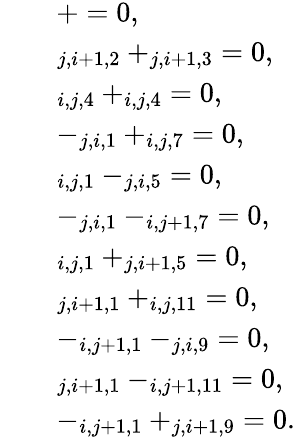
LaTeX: \begin{array}{rl}&{\quad+=0,}\\ &{\quad_{j,i+1,2}+_{j,i+1,3}=0,}\\ &{\quad_{i,j,4}+_{i,j,4}=0,}\\ &{\quad-_{j,i,1}+_{i,j,7}=0,}\\ &{\quad_{i,j,1}-_{j,i,5}=0,}\\ &{\quad-_{j,i,1}-_{i,j+1,7}=0,}\\ &{\quad_{i,j,1}+_{j,i+1,5}=0,}\\ &{\quad_{j,i+1,1}+_{i,j,11}=0,}\\ &{\quad-_{i,j+1,1}-_{j,i,9}=0,}\\ &{\quad_{j,i+1,1}-_{i,j+1,11}=0,}\\ &{\quad-_{i,j+1,1}+_{j,i+1,9}=0.}\end{array}